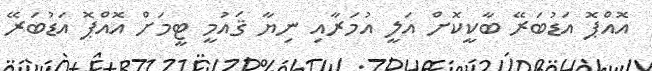
އޮއްޕޮ އަޑުބަރޭ ބާކީކޮށް އަލީ އުމަރާއި ނިޔާ ޤައުމީ ޓީމަށް އޮއްޕޮ އަޑުބަރޭ